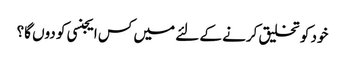
خود کو تخلیق کرنے کے لئے میں کس ایجنسی کو دوں گا؟